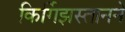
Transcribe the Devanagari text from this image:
किर्गिझस्तानने